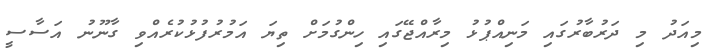
މިއަދު މި ދަރުބާރުގައި މަނިއްޕުޅު މިރާއްޖޭގައި ހިންގުމަށް ތިޔަ އަމުރުފުޅުކުރެއްވި ގާނޫނު އަސާސީ